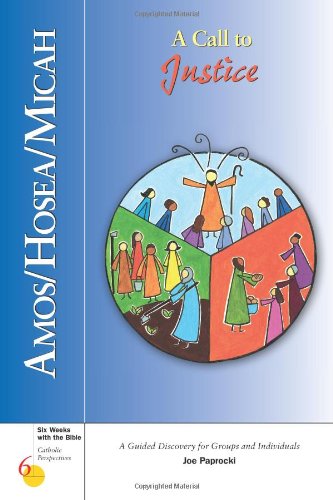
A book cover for Amos/Hosea/Micah: A Call to Justice (Six Weeks with the Bible); Joe Paprocki DMin; Christian Books & Bibles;